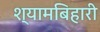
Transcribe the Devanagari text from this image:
श्यामबिहारी